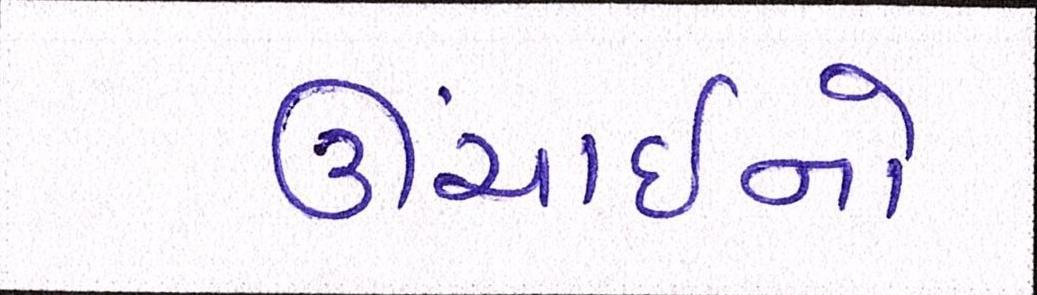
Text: ઊંચાઈનો